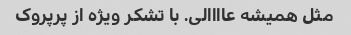
مثل همیشه عاااالی. با تشکر ویژه از پرپروک